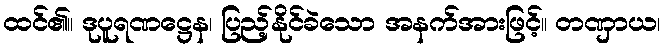
ထင်၏။ ဒုပူရဏဋ္ဌေန၊ ပြည့်နိုင်ခဲသော အနက်အားဖြင့်။ တဏှာယ၊